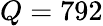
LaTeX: Q=792